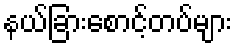
နယ်ခြားစောင့်တပ်များ